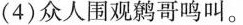
(4)众人围观鹩哥鸣叫。